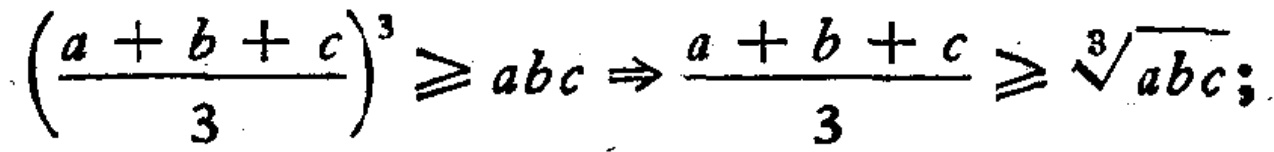
$\left(\frac{a + b + c}{3}\right)^{3}\geq abc\Rightarrow\frac{a + b + c}{3}\geq\sqrt[3]{abc};$